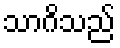
သာဂိသည်